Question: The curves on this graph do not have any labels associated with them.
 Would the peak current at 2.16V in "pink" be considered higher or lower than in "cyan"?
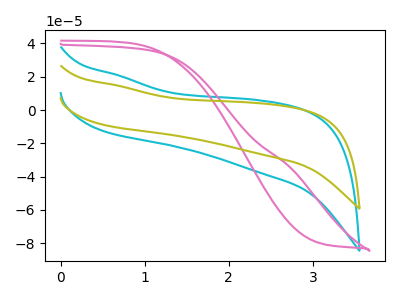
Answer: <think>The cyan curve "cyan" has no peaks. The pink curve "pink" has no peaks. The olive curve "olive" has no peaks.</think>
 <answer>"pink" and "cyan" dont share a peak at 2.16V.</answer>
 <eval>mismatch</eval>